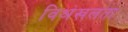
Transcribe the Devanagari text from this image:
विश्रंखलता